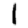
Digit: 1